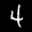
Label: 4